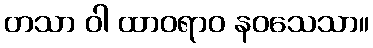
တသာ ဝါ ထာဝရာဝ နဝသေသာ။